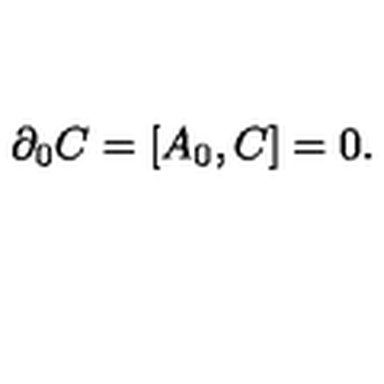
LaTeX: \partial _ { 0 } C = [ A _ { 0 } , C ] = 0 .